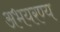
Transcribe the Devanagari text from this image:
अभयरण्य